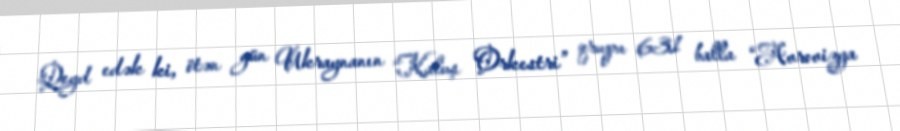
Qeyd edək ki, ötən gün Ukraynanın “Kaluş Orkestri” qrupu 631 balla “Avrovizya